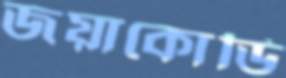
জয়াকোডি